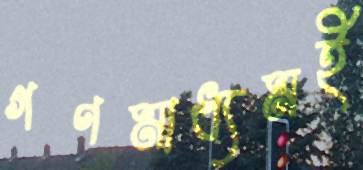
গণমাধ্যমই